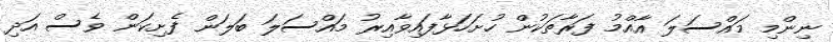
ނިންމި މައްސަލަ އާއްމު ފަރާތަކުން ހުށަހަޅާފައިވާއިރު މައްސަލަ ބަލަން ފެށިކަން ވެސް އަދި